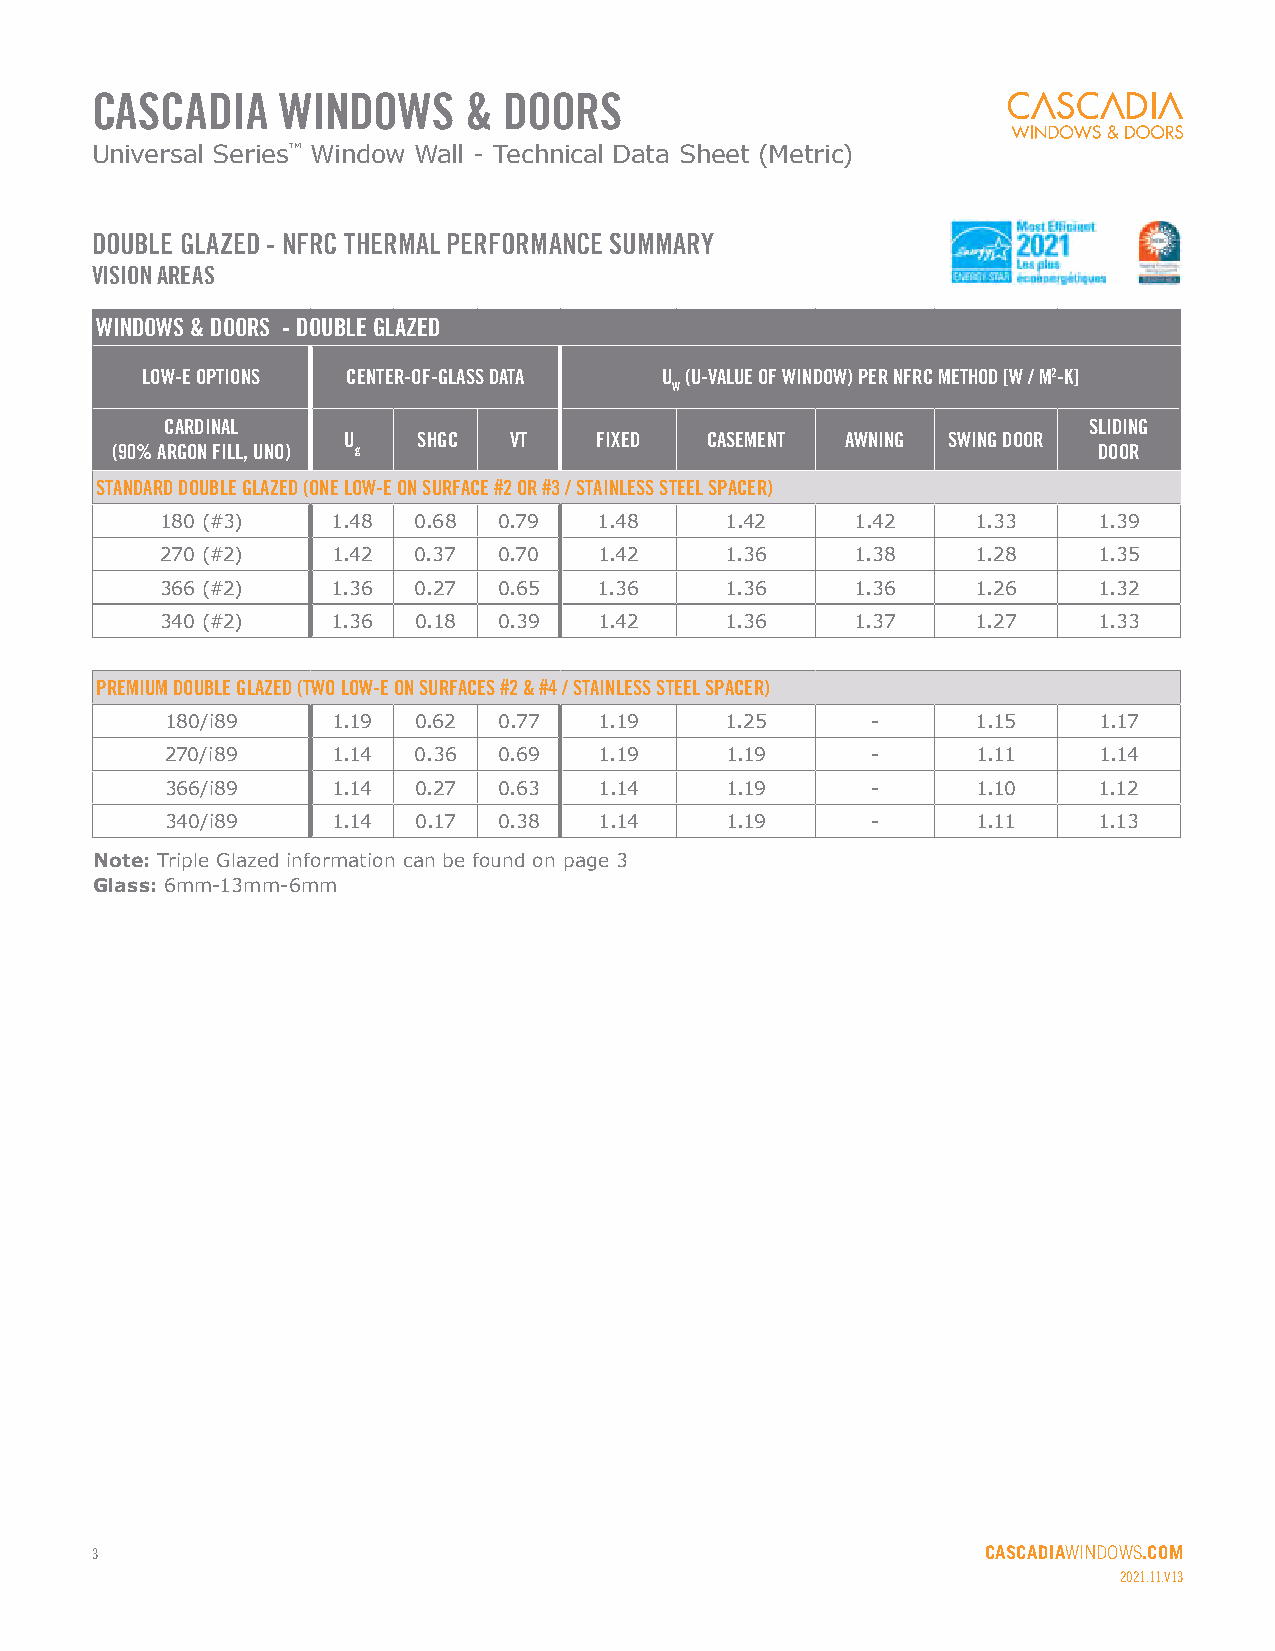
CASCADIA    WINDOWS      & DOORS
 Universal Series™ Window Wall - Technical Data Sheet (Metric)
 DOUBLE GLAZED - NFRC THERMAL PERFORMANCE SUMMARY
 VISION AREAS
 WINDOWS & DOORS - DOUBLE GLAZED
 LOW-E OPTIONS CENTER-OF-GLASS DATA U (U-VALUE OF WINDOW) PER NFRC METHOD [W / M2-K]
 W
 CARDINAL                                                     SLIDING
 U    SHGC  VT   FIXED   CASEMENT AWNING SWING DOOR
 (90% ARGON FILL, UNO) g                                           DOOR
 STANDARD DOUBLE GLAZED (ONE LOW-E ON SURFACE #2 OR #3 / STAINLESS STEEL SPACER)
 180 (#3)   1.48 0.68  0.79   1.48    1.42     1.42    1.33    1.39
 270 (#2)   1.42 0.37  0.70   1.42    1.36     1.38    1.28    1.35
 366 (#2)   1.36 0.27  0.65   1.36    1.36     1.36    1.26    1.32
 340 (#2)   1.36 0.18  0.39   1.42    1.36     1.37    1.27    1.33
 PREMIUM DOUBLE GLAZED (TWO LOW-E ON SURFACES #2 & #4 / STAINLESS STEEL SPACER)
 180/i89    1.19 0.62  0.77   1.19    1.25      -      1.15    1.17
 270/i89    1.14 0.36  0.69   1.19    1.19      -      1.11    1.14
 366/i89    1.14 0.27  0.63   1.14    1.19      -      1.10    1.12
 340/i89    1.14 0.17  0.38   1.14    1.19      -      1.11    1.13
 Note: Triple Glazed information can be found on page 3
 Glass: 6mm-13mm-6mm
 3                                                          CASCADIAWINDOWS.COM
 2021.11.V13